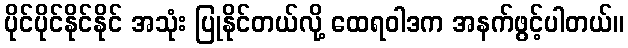
ပိုင်ပိုင်နိုင်နိုင် အသုံး ပြုနိုင်တယ်လို့ ထေရဝါဒက အနက်ဖွင့်ပါတယ်။